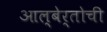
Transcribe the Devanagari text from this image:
आल्बेर्तोची